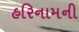
હરિનામની